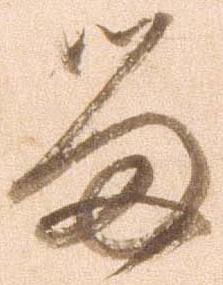
留